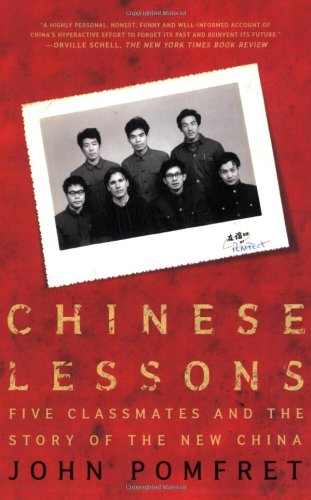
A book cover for Chinese Lessons: Five Classmates and the Story of the New China; John Pomfret; Biographies & Memoirs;